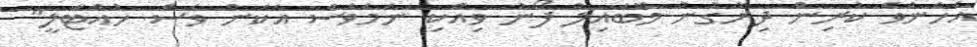
އެހެންވެ ކުރިން ދިރާގުން މޮބައިލް ފޯނު ވިއްކި ނަމަވެސް އެކަން ވެސް ހުއްޓާލީ"